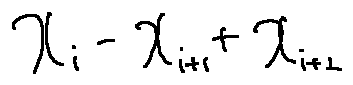
x _ { i } - x _ { i + 1 } + x _ { i + 2 }